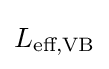
L_{\text{eff,VB}}